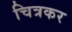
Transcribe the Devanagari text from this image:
चित्रकर